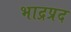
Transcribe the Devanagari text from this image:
भाद्रप्रद